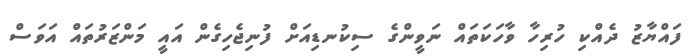
ފައްޔާޒު ދެއްކި ހުރިހާ ވާހަކަތައް ނަވީންގެ ސިކުނޑިއަށް ފުނިޖެހިގެން އައީ މަންޒަރުތައް އަވަސް